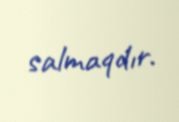
salmaqdır.